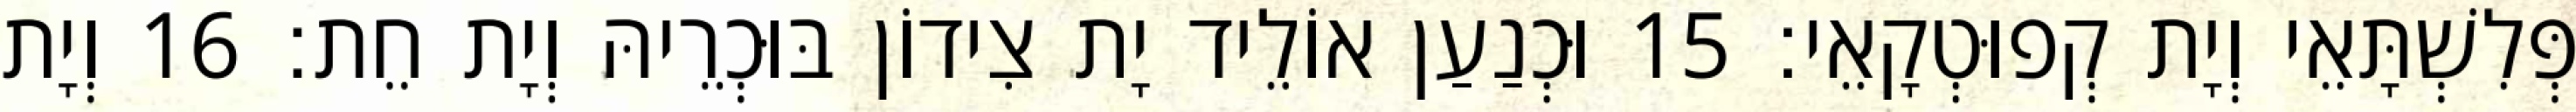
פְּלִשְׁתָּאֵי וְיָת קְפוּטְקָאֵי׃ 15 וּכְנַעַן אוֹלֵיד יָת צִידוֹן בּוּכְרֵיהּ וְיָת חֵת׃ 16 וְיָת